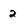
Character: 2